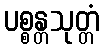
ပစ္စန္တသုတ္တံ